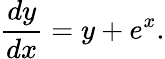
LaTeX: {\frac{dy}{dx}}=y+e^{x}.